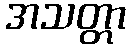
အသတ္တာ